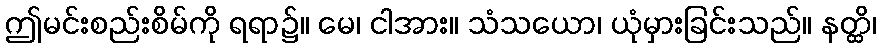
ဤမင်းစည်းစိမ်ကို ရရာ၌။ မေ၊ ငါအား။ သံသယော၊ ယုံမှားခြင်းသည်။ နတ္ထိ၊